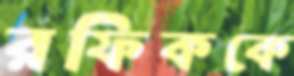
রফিককে